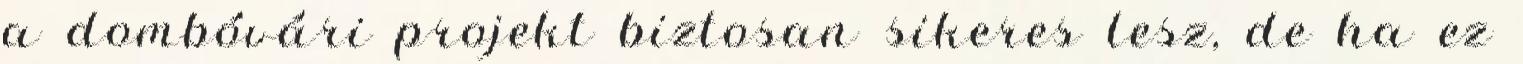
a dombóvári projekt biztosan sikeres lesz, de ha ez